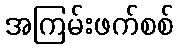
အကြမ်းဖက်စစ်